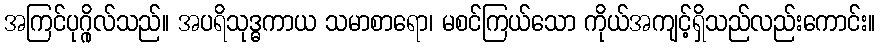
အကြင်ပုဂ္ဂိုလ်သည်။ အပရိသုဒ္ဓကာယ သမာစာရော၊ မစင်ကြယ်သော ကိုယ်အကျင့်ရှိသည်လည်းကောင်း။